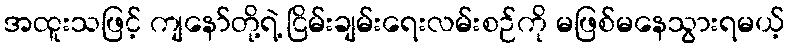
အထူးသဖြင့် ကျနော်တို့ရဲ့ ငြိမ်းချမ်းရေးလမ်းစဉ်ကို မဖြစ်မနေသွားရမယ့်